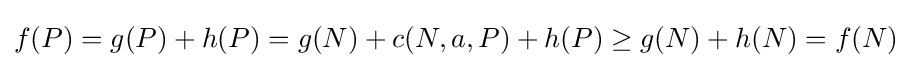
f(P)=g(P)+h(P)=g(N)+c(N,a,P)+h(P)\geq g(N)+h(N)=f(N)